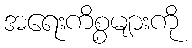
အရေးကိစ္စများကို